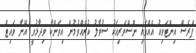
ޕްރެސް އިންޓަވިއު އެއްގައި ނޫސްވެރިއަކު ސުވާލު ކުރެއްވުމުން އިވަންކާ ވިދާޅުވީ އޭނާ ވައިޓް